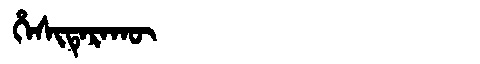
Manchu: ᡥᡝᠰᡳᡨᡝᡵᠠᡴᡡ
Romanization: HESITERAKŪ